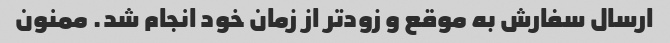
ارسال سفارش به موقع و زودتر از زمان خود انجام شد. ممنون